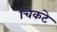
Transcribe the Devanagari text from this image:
चिकटे